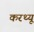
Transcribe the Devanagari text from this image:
करथ्यू